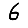
Digit: 6